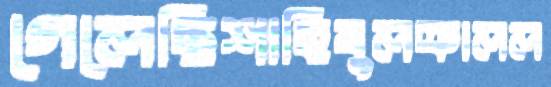
গেলেছিশাহিবুলক্রালল